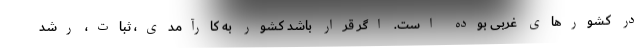
در کشورهای غربی بوده است. اگر قرار باشد کشور به کارآمدی، ثبات، رشد